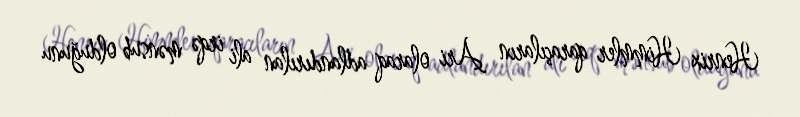
Henrix Himmler qaraçıların Ari olaraq adlandırılan ali irqə mənsub olduğunu